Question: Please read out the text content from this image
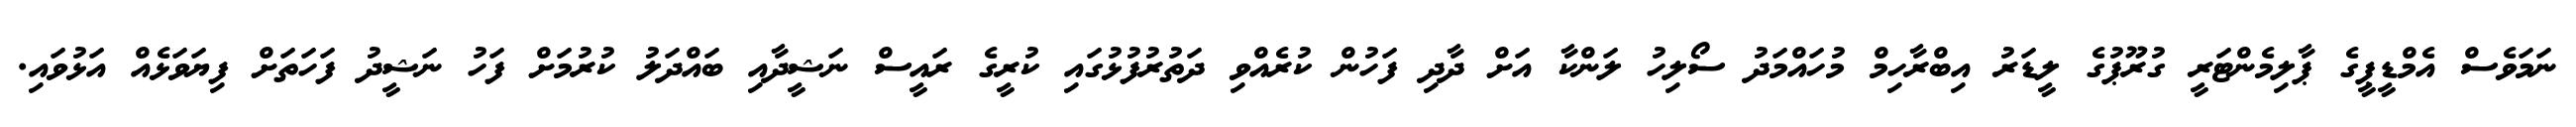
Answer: ނަމަވެސް އެމްޑީޕީގެ ޕާލިމެންޓަރީ ގުރޫޕުގެ ލީޑަރު އިބްރާހިމް މުހައްމަދު ސޯލިހު ލަންކާ އަށް ދާދި ފަހުން ކުރެއްވި ދަތުރުފުޅުގައި ކުރީގެ ރައީސް ނަޝީދާއި ބައްދަލު ކުރުމަށް ފަހު ނަޝީދު ފަހަތަށް ފިޔަވަޅެއް އަޅުވައި.